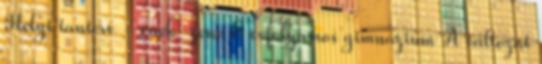
Helyi tanterv - ének-zene 8 évfolyamos gimnázium A változat